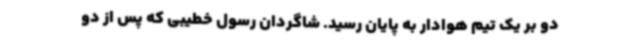
دو بر یک تیم هوادار به پایان رسید. شاگردان رسول خطیبی که پس از دو